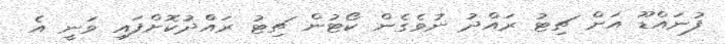
ފުނައްޑޫ އަށް ޗިޓު ރައްދު ނުވެގެން ކޯޓުން ޗިޓު ރައްދުކޮށްފައި ވަނީ އެ